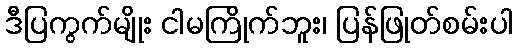
ဒီပြကွက်မျိုး ငါမကြိုက်ဘူး၊ ပြန်ဖြုတ်စမ်းပါ